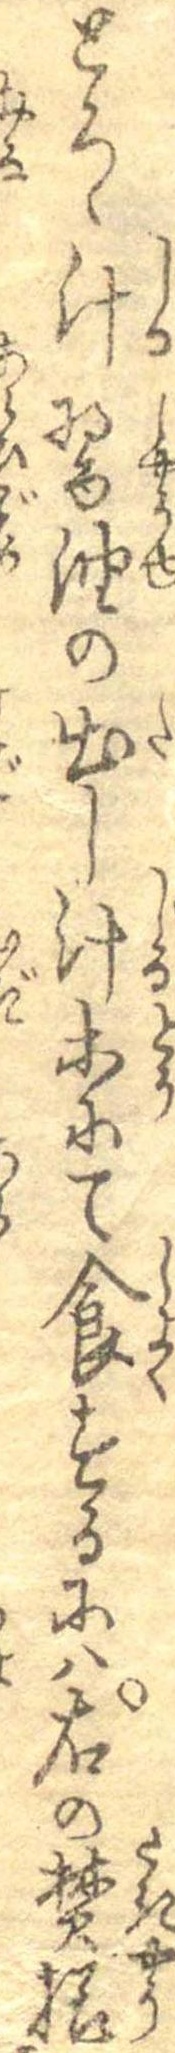
とろゝ汁醤油の出し汁等にて食するには右の焚様